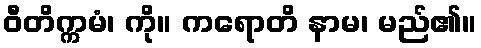
ဝီတိက္ကမံ၊ ကို။ ကရောတိ နာမ၊ မည်၏။